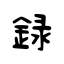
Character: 録